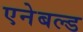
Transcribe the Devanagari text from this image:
एनेबल्‍ड